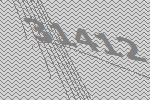
31412